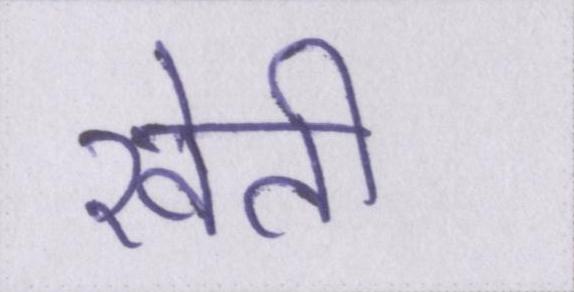
खेती